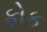
ફોક